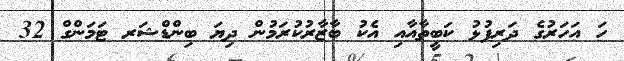
ހަ އަހަރުގެ ދަރިފުޅު ކަބީތާއާއި އެކު ބާޒާރުކުރަމުން ދިޔަ ބިންޑްޝަރ ޓަމަންގް 32